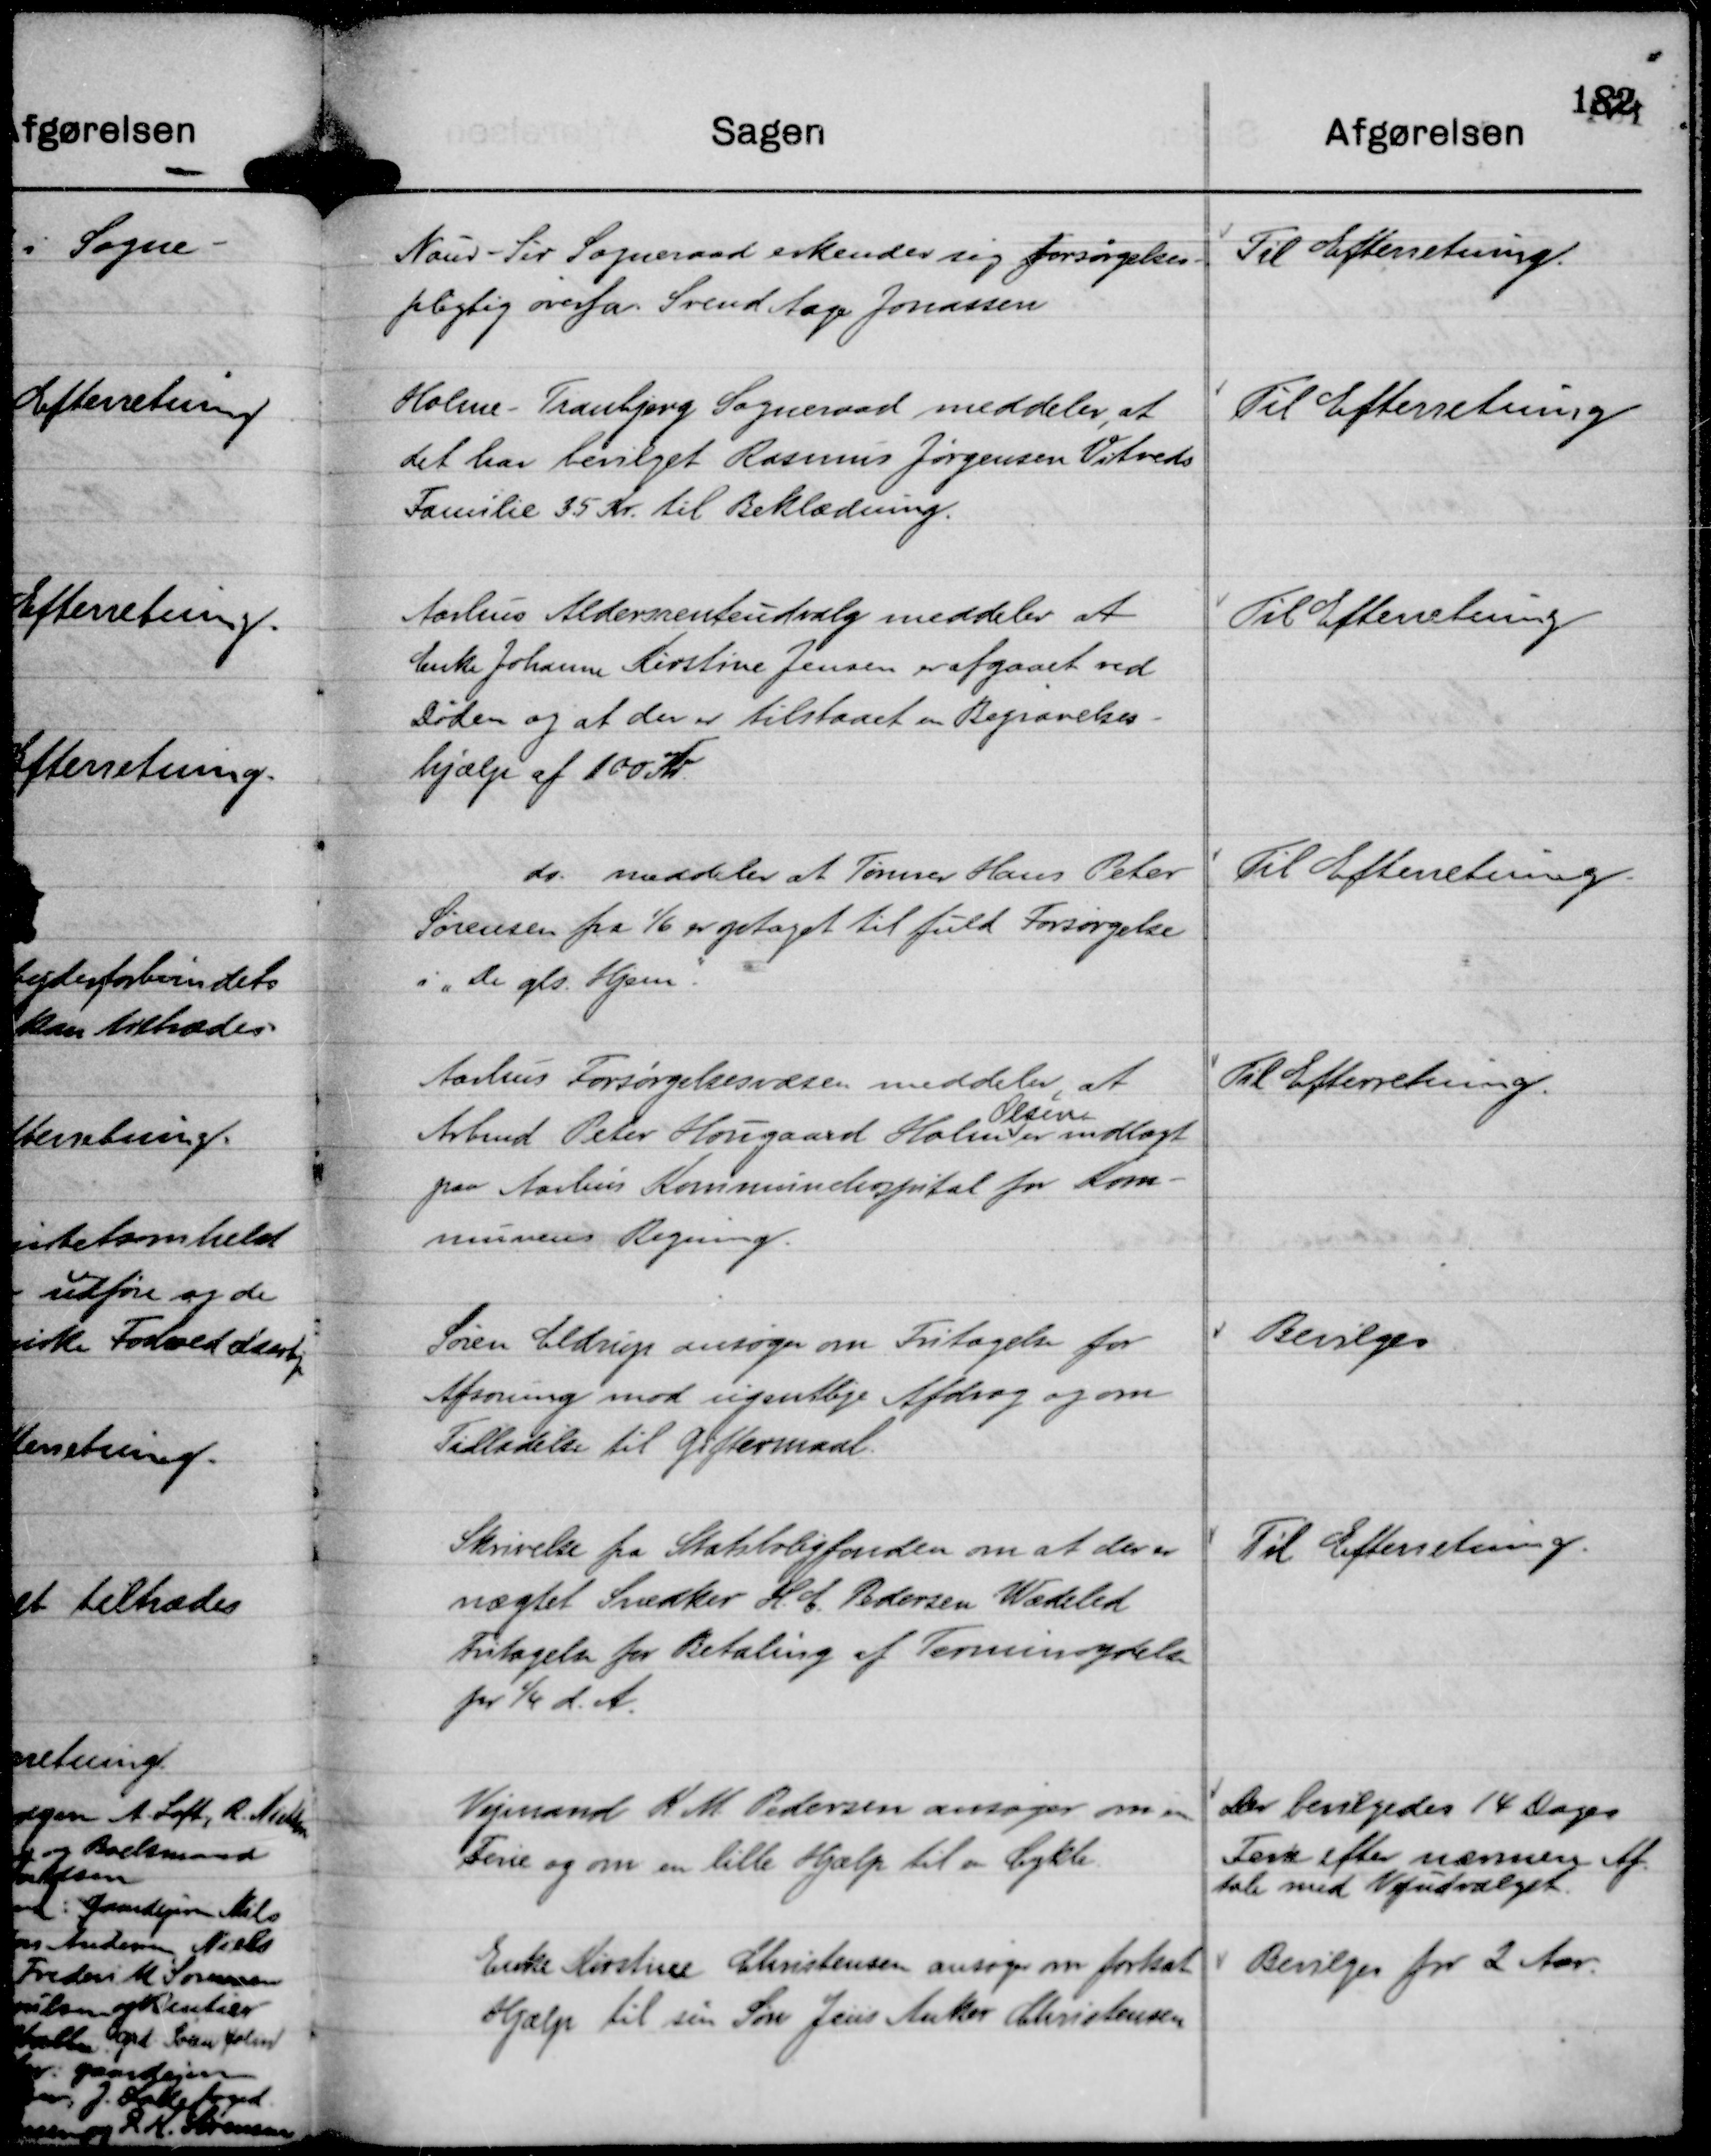
Transskription:
Naur - Sir Sogneraad erkender sig forsørgelses-
pligtig overfor Svend Aage Jonassen

Til Efterretning.

Holme - Tranbjerg Sogneraad meddeler, at
det har bevilget Rasmus Jørgensen Vitveds
Familie 35 Kr. til Beklædning.

Til Efterretning

Aarhus Aldersrenteudvalg meddeler at
Enke Johanne Kirstine Jensen er afgaaet ved
Døden og at der er tilstaaet en Begravelses-
hjælp af 100 Kr.

Til Efterretning

do. meddeler at Tømrer Hans Peter
Sørensen fra

1/6 er optaget til fuld Forsørgelse
i "De gls Hjem".

Til Efterretning

Aarhus Forsørgelsesvæsen meddeler, at
Arbmd Peter Hougaard Holm
Olsen
er indlagt
paa Aarhus Kommunehospital for Kom-
munens Regning.

Til Efterretning.

Søren Eldrup ansøger om Fritagelse for
Afsoning mod ugentlige Afdrag og om
Tilladelse til Giftermaal.

Bevilges

Skrivelse fra Statsboligfonden om at der er
nægtet Snedker H. C. Pedersen Wædeled
Fritagelse for Betaling af Terminsydelse
pr 

1/4 d. A.

Til Efterretning.

Vejmand R. M. Pedersen ansøger om en
Ferie og om en lille Hjælp til en Cykle.

Der bevilgedes 14 Dages
Ferie efter nærmere Af-
tale med Vejudvalget.

Enke Kirstine Christensen ansøger om fortsat
Hjælp til sin Søn Jens Anker Christensen

Bevilges for 2 Aar.